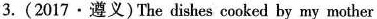
3.(2017·遵义)The dishes cooked by my mother